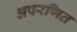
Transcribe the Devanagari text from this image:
अपरणित